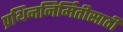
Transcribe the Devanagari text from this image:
प्रथिननिर्मितीसाठी